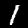
Digit: 1